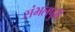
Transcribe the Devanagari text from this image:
संभलपुरी